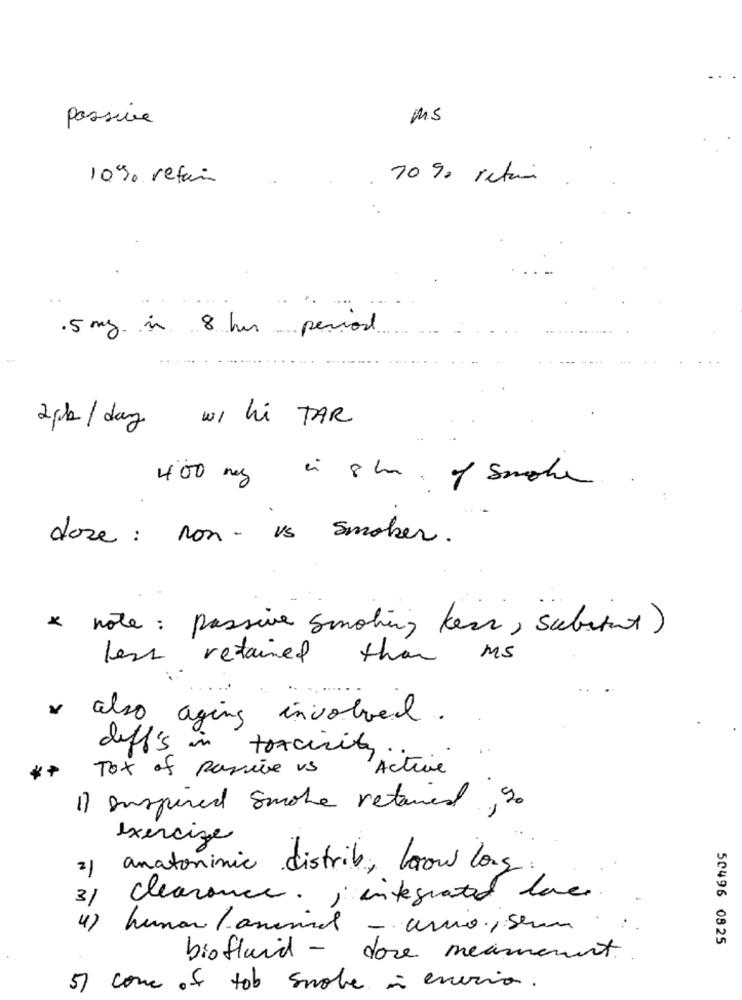
passive
Ms
10% retain
70 90 retain
.5 mg in 8 hrs period
2pk/ day w/ hi TAR
400 mg in 8h . of smoke
doze : non - vs smoker.
* note : passive smoking kers, substant)
less retained
than ms.
* also aging involved.
diff's in toxicity
*+ Tox of passive us
1Active
1) Inspired smoke retained, so
exercize
anatominic distrib, how long.
31
clearance. ; integrated love
4) human / animal - arno ., seum
50496 0825
biofluid - dore meamoment.
5) com os tob snobe - enerio.